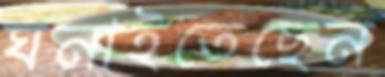
ঘনাইতেছেন